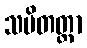
သမိတတ္တာ